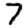
Digit: 7